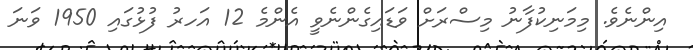
އިންނެވެ. މިމަނިކުފާނު މިސްރަށް ވަޑައިގެންނެވީ އެންމެ 12 އަހރު ފުޅުގައި 1950 ވަނަ